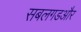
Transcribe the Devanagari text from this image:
सबलगडऔर